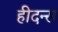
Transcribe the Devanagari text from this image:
हीदन्स